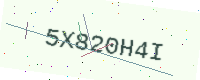
Text: 5X820H4I